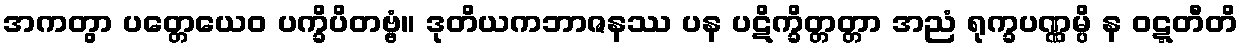
အကတွာ ပတ္တေယေဝ ပက္ခိပိတဗ္ဗံ။ ဒုတိယကဘာဇနဿ ပန ပဋိက္ခိတ္တတ္တာ အညံ ရုက္ခပဏ္ဏမ္ပိ န ဝဋ္ဋတီတိ